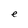
Character: e